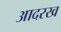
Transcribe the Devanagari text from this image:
आदरख